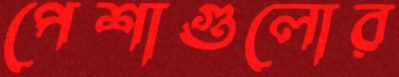
পেশাগুলোর